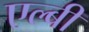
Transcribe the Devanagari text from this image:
एल्बी